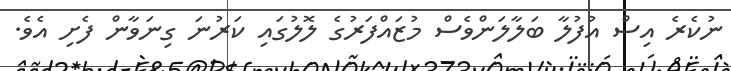
ނުކެރެ އިސް އުފުލާ ބަލާލަންވެސް މުޒައްފަރުގެ ލޮލުގައި ކަރުނަ ގިނަވާން ފެށި އެވެ.